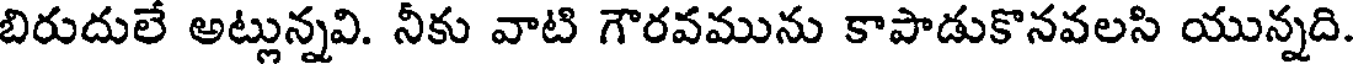
బిరుదులే అట్లున్నవి. నీకు వాటి గౌరవమును కాపాడుకొనవలసి యున్నది.